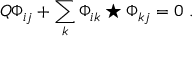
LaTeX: Q \Phi _ { i j } + \sum _ { k } \Phi _ { i k } \star \Phi _ { k j } = 0 \ .